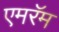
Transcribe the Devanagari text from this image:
एमरॅम